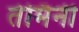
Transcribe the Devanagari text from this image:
तेर्मिनी